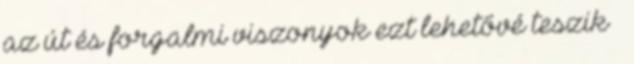
az út és forgalmi viszonyok ezt lehetővé teszik –